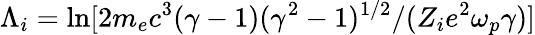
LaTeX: \Lambda_{i}=\mathrm{ln}[2m_{e}c^{3}(\gamma-1)(\gamma^{2}-1)^{1/2}/(Z_{i}e^{2}\omega_{p}\gamma)]